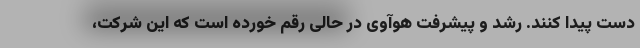
دست پیدا کنند. رشد و پیشرفت هوآوی در حالی رقم خورده است که این شرکت،